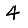
Digit: 4